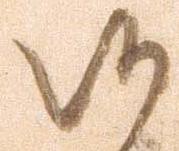
候